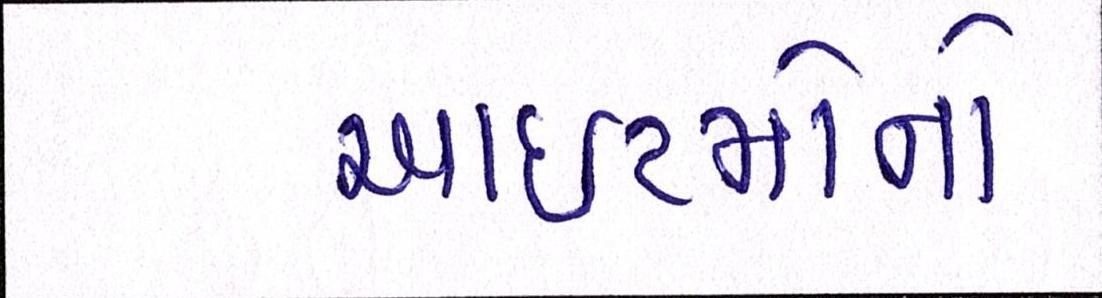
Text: આઈટમોનો